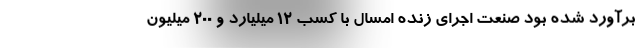
برآورد شده بود صنعت اجرای زنده امسال با کسب ۱۲ میلیارد و ۲۰۰ میلیون